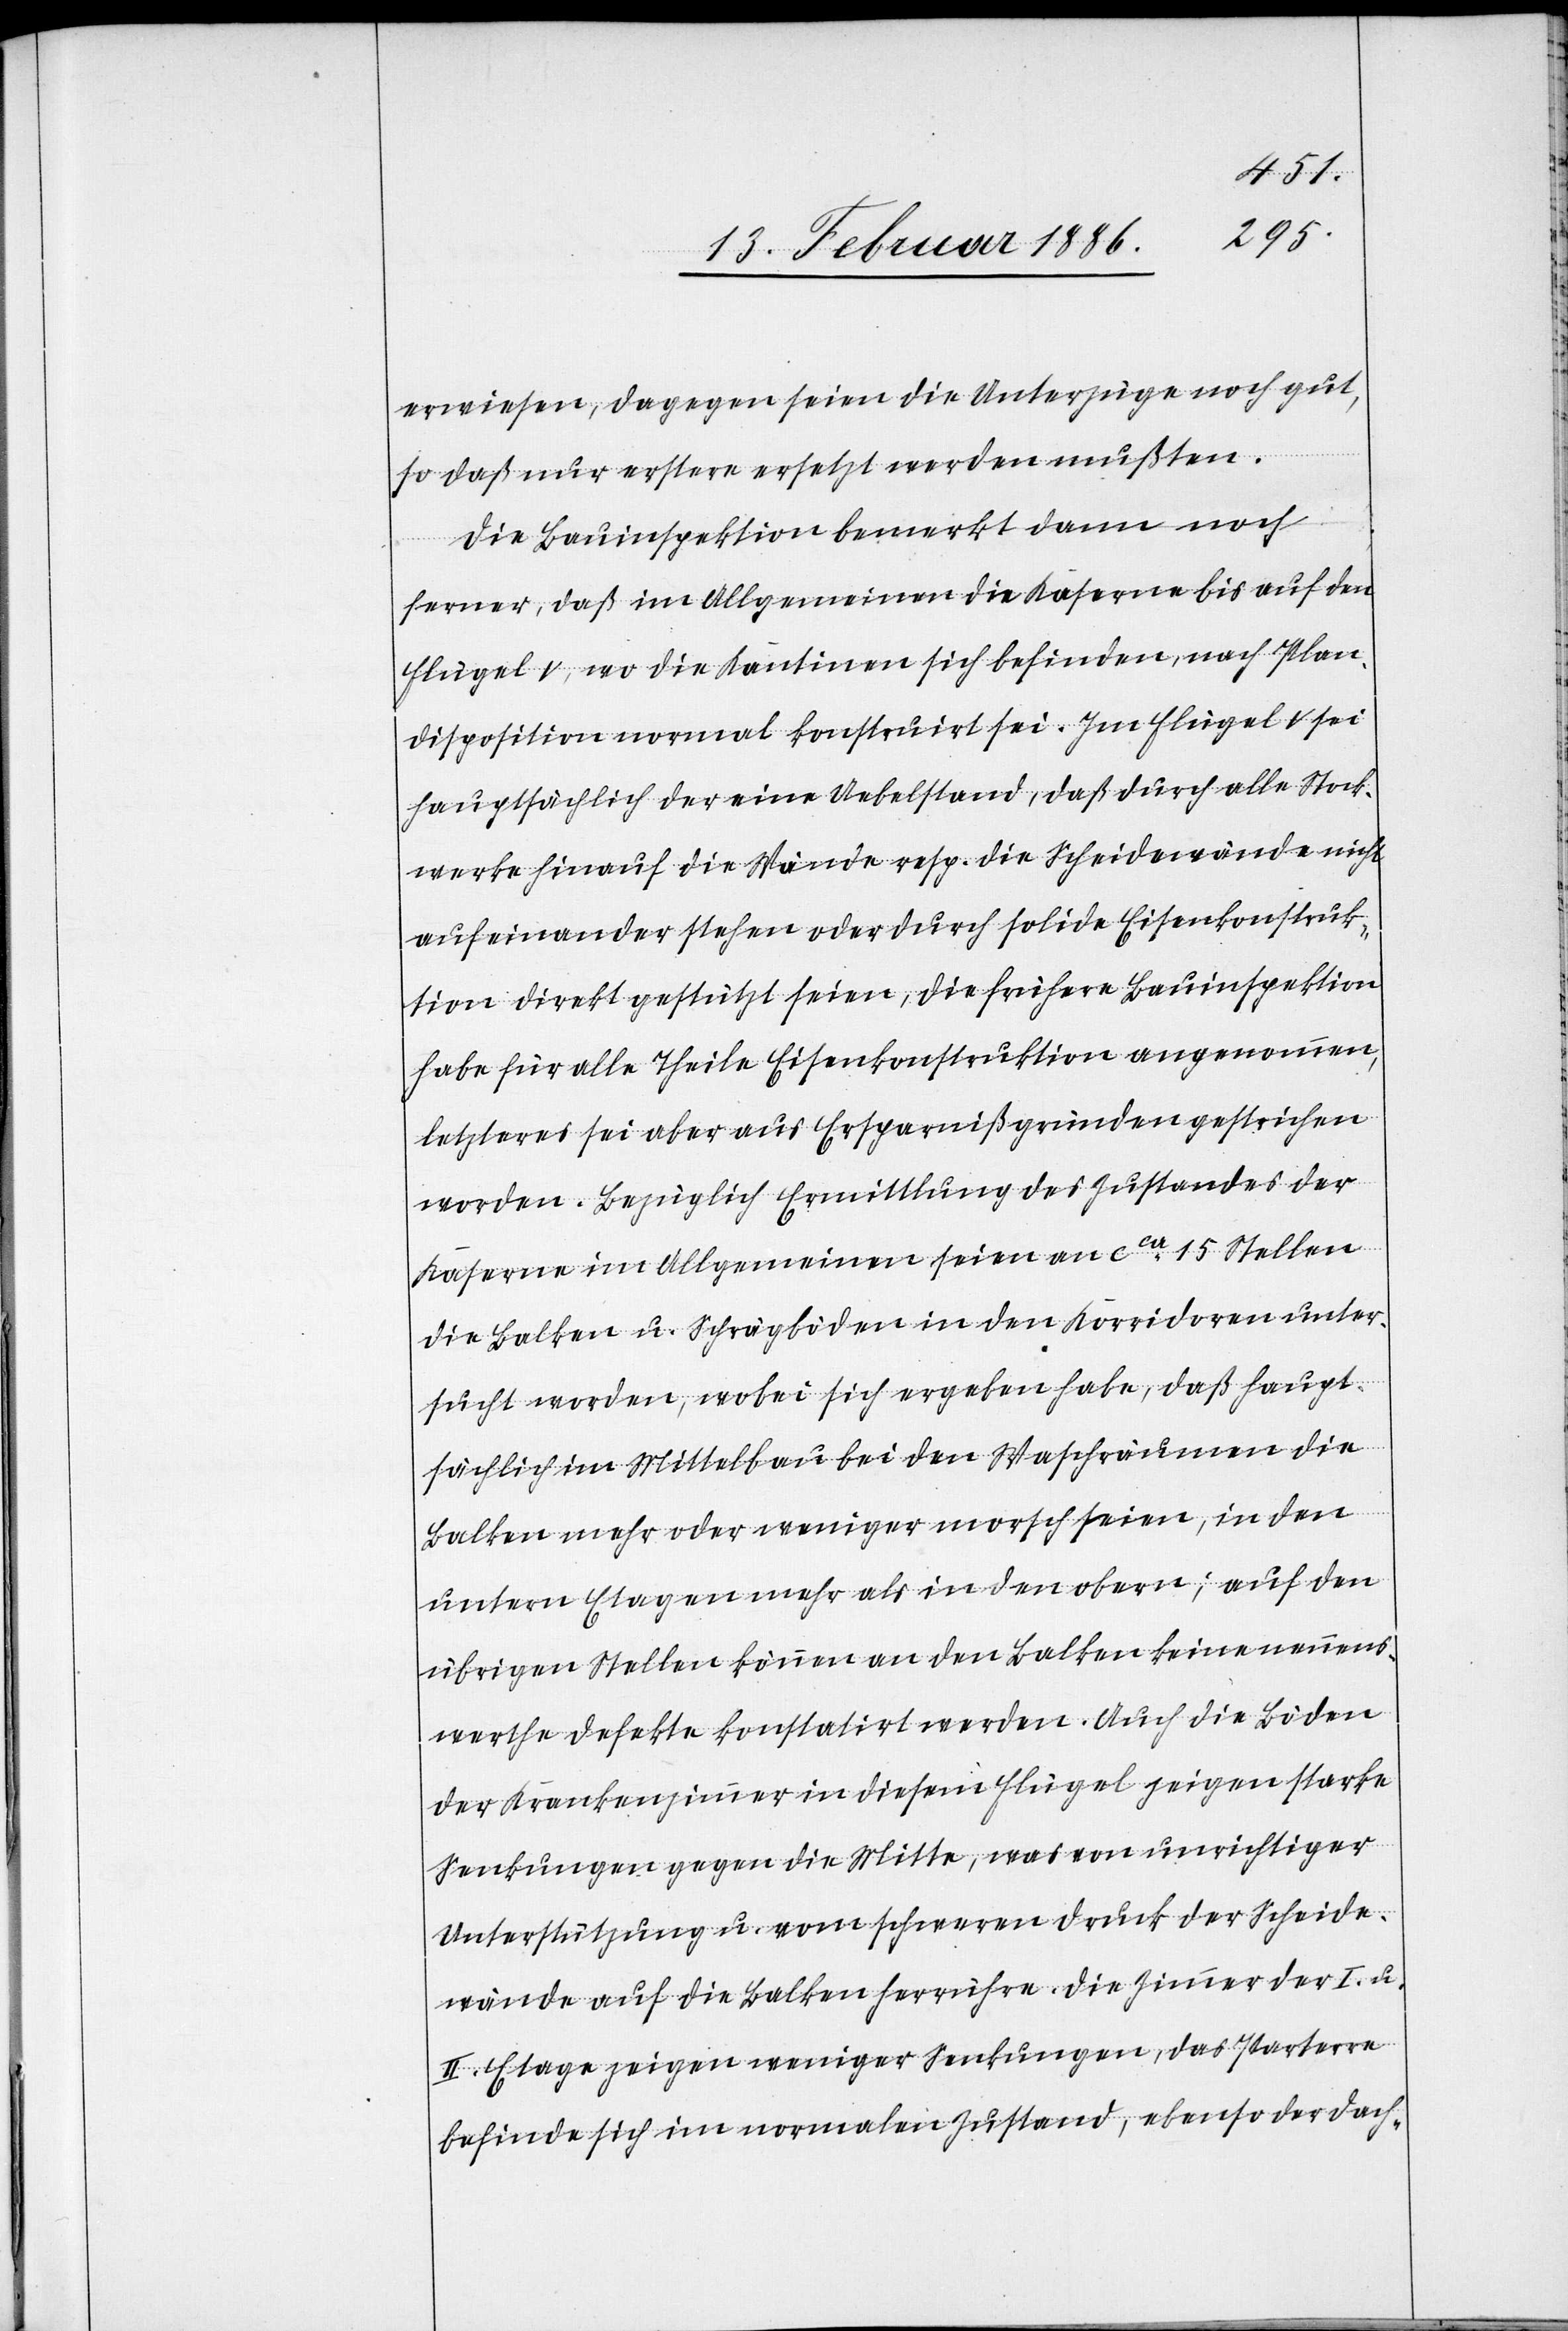
erwiesen, dagegen seien die Unterzüge noch gut,
so daß nur erstere ersetzt werden mußten.
Die Bauinspektion bemerkt dann noch
ferner, daß im Allgemeinen die Kaserne bis auf den
Flügel V, wo die Kantinen sich befinden, nach Plan¬
disposition normal konstruirt sei. Im Flügel V sei
hauptsächlich der eine Uebelstand, daß durch alle Stock¬
werke hinauf die Wände resp. die Schneidewände nicht
aufeinander stehen oder durch solide Eisenkonstruk¬
tion direkt gestützt seien, die frühere Bauinspektion
habe für alle Theile Eisenkonstruktion angenommen,
letzteres sei aber aus Ersparnißgründen gestrichen
worden. Bezüglich Ermittlung des Zustandes der
Kaserne im Allgemeinen seien an cca 15 Stellen
die Balken u. Schrägböden in den Korridoren unter¬
sucht worden, wobei sich ergeben habe, daß haupt¬
sächlich im Mittelbau bei den Waschräumen die
Balken mehr oder weniger morsch seien, in den
untern Etagen mehr als in den obern; auf den
übrigen Stellen können an den Balken keine nennens¬
werthe Defekte konstatirt werden. Auch die Böden
der Krankenzimmer in diesem Flügel zeigen starke
Senkungen gegen die Mitte, was von unrichtiger
Unterstützung u. vom schweren Druck der Scheide¬
wände auf die Balken herrühre. Die Zimmer der I. u.
II. Etage zeigen weniger Senkungen, das Parterre
befinde sich im normalen Zustand, ebenso der Dach-